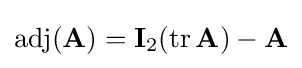
\operatorname {adj} (\mathbf {A} )=\mathbf {I} _{2}(\operatorname {tr} \mathbf {A} )-\mathbf {A}